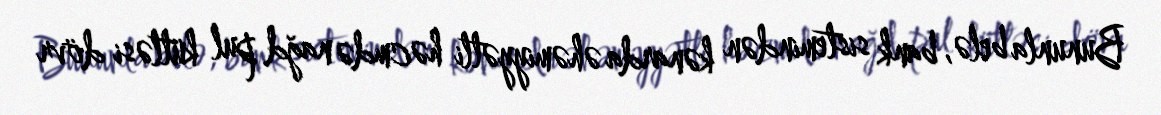
Bununla belə, bank sistemindən kənarda əhəmiyyətli həcmdə nağd pul kütləsi dövr